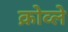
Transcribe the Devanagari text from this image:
क्रोव्ले